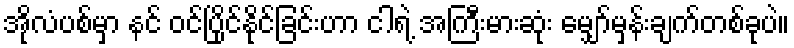
အိုလံပစ်မှာ နင် ဝင်ပြိုင်နိုင်ခြင်းဟာ ငါရဲ့ အကြီးမားဆုံး မျှော်မှန်းချက်တစ်ခုပဲ။